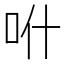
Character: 𠯰